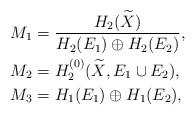
LaTeX: \begin{align*}M_1&=\dfrac{H_2(\widetilde{X})}{H_2(E_1)\oplus H_2(E_2)},\\M_2&=H_2^{(0)}(\widetilde{X},E_1\cup E_2),\\M_3&=H_1(E_1)\oplus H_1(E_2),\end{align*}